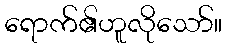
ရောက်၏ဟူလိုသော်။